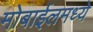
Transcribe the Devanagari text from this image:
मोबाईलमध्ये